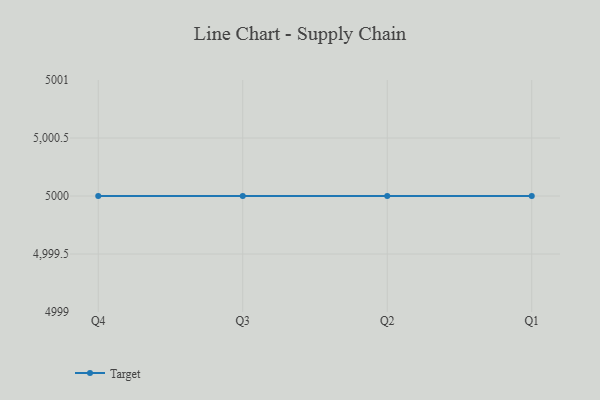
{"axis": {"x": "Quarter", "y": "Headcount"}, "legend": ["Target"], "data": [{"x": "Q4", "y": 5000, "type": "Target"}, {"x": "Q3", "y": 5000, "type": "Target"}, {"x": "Q2", "y": 5000, "type": "Target"}, {"x": "Q1", "y": 5000, "type": "Target"}]}